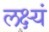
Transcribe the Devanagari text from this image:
लक्ष्यं